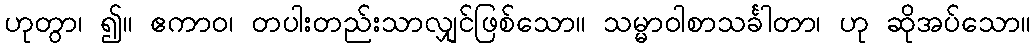
ဟုတွာ၊ ၍။ ဧကာဝ၊ တပါးတည်းသာလျှင်ဖြစ်သော။ သမ္မာဝါစာသင်္ခါတာ၊ ဟု ဆိုအပ်သော။